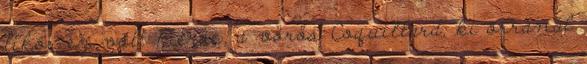
likőr ez volt Pierre, a vörös Coquillard, ki orránál